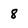
Character: 8